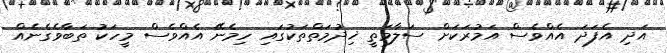
އަދި އެފަދަ އެއްވެސް އަމުރަކަށް ސަލާމަތީ ޚިދުމަތްތަކުގައި ހިމެނޭ އެއްވެސް މީހަކު ތަބާވެގެނެއް